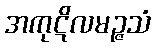
အကုဋိလမဉ္ဇသံ